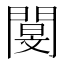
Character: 閺